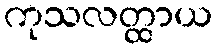
ကုသလတ္ထာယ